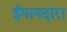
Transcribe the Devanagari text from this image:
ईमानदारा